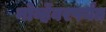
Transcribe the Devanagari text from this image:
नोव्हेंबरपर्यंत